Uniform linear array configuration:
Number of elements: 48
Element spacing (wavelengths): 0.75
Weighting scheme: hann
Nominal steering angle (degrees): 0
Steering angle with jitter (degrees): -1.367
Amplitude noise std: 0.05
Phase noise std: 0.05

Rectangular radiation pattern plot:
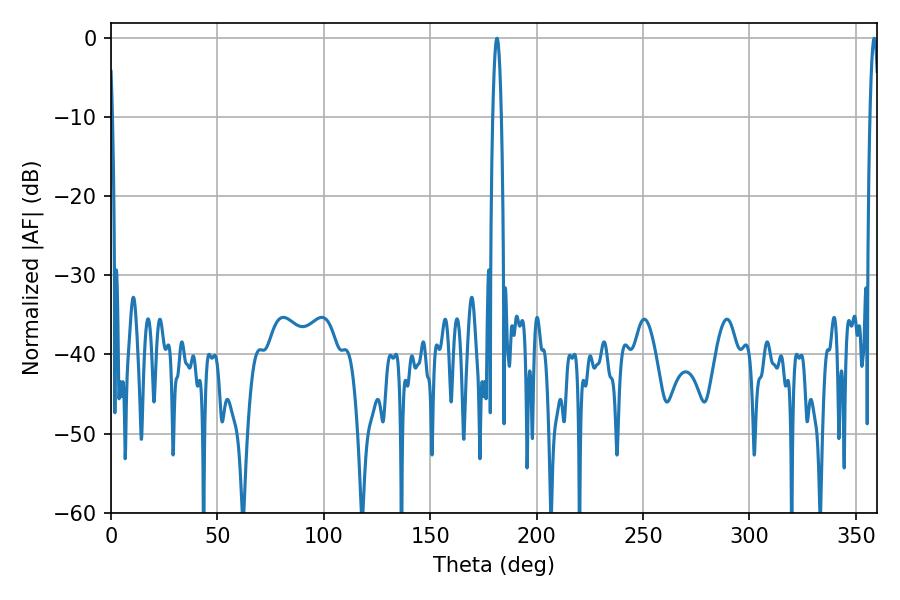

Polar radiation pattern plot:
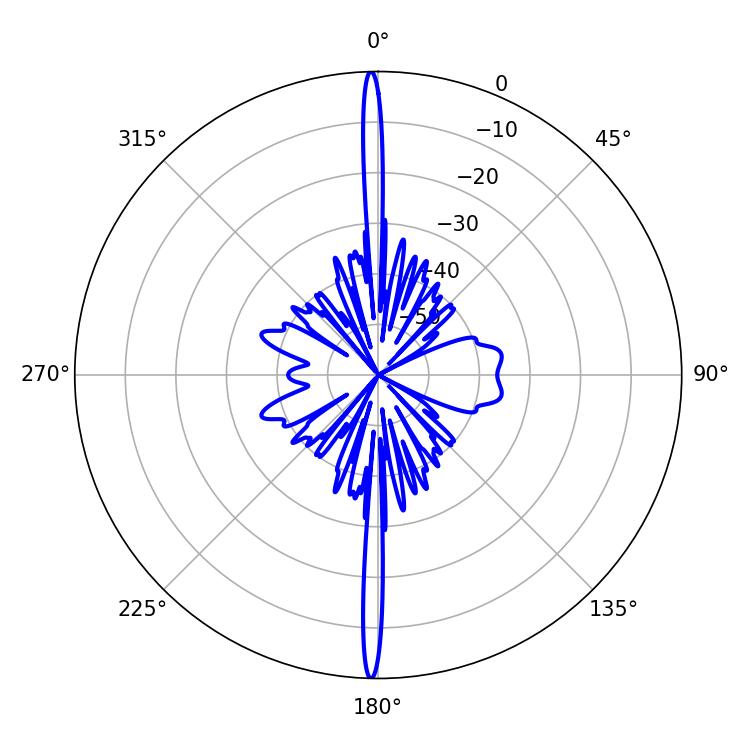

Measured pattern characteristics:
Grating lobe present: TRUE
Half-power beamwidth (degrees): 2.16
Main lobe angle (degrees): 358.56